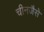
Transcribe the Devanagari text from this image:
चीनजैसे